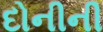
દોનીની